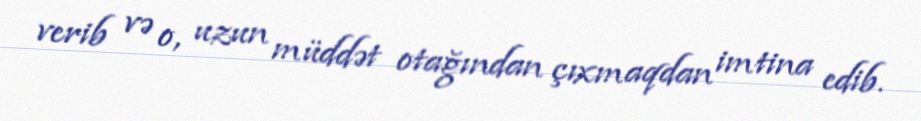
verib və o, uzun müddət otağından çıxmaqdan imtina edib.